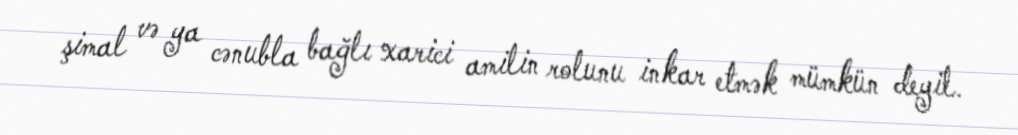
şimal və ya cənubla bağlı xarici amilin rolunu inkar etmək mümkün deyil.